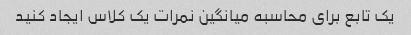
یک تابع برای محاسبه میانگین نمرات یک کلاس ایجاد کنید